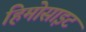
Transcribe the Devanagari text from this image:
हिमोसाइट